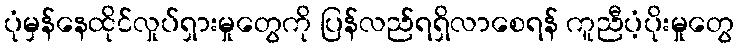
ပုံမှန်နေထိုင်လှုပ်ရှားမှုတွေကို ပြန်လည်ရရှိလာစေရန် ကူညီပံ့ပိုးမှုတွေ